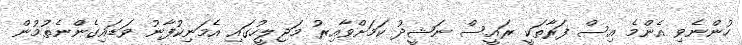
ހުންނެވި އެންމެ އިސް ފަރާތަކީ ރައީސް ނަޝީދު ކަަމަށްވާއިރު މަޖިލީހުގައި އެމަނިކުފާނު ވަޑައިގެންނެތުމުން